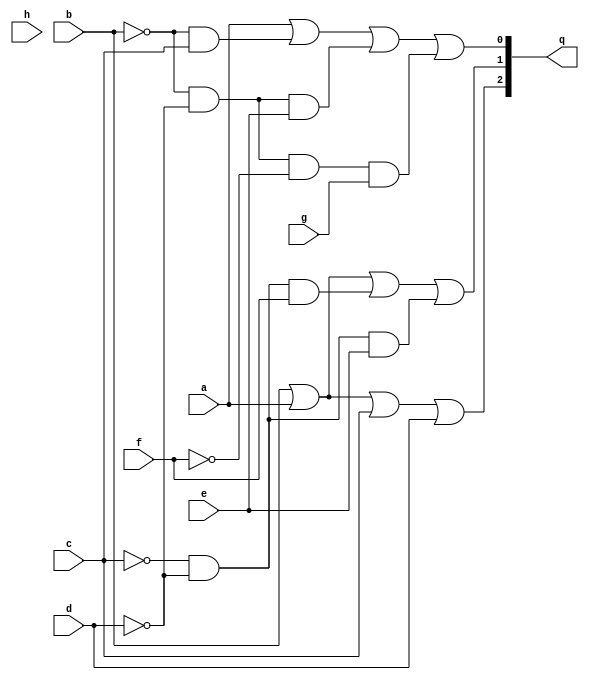
`timescale 1ns / 1ps
//////////////////////////////////////////////////////////////////////////////////
// Company: 
// Engineer: 
// 
// Design Name: 
// Module Name:    Part7 
// Project Name: 
// Target Devices: 
// Tool versions: 
// Description: 
//
// Dependencies: 
//
// Revision: 
// Revision 0.01 - File Created
// Additional Comments: 
//
//////////////////////////////////////////////////////////////////////////////////
module Part7(
    input a,
    input b,
    input c,
    input d,
    input e,
    input f,
    input g,
    input h,
	 output [2:0]q
    );
	assign q[0] = a|((~b)&c)|((~b)&(~d)&e)|((~b)&(~d)&(~f)&g);
	assign q[1] = b|a|((~c)&(~d)&f)|((~c)&(~d)&e);
	assign q[2] = a|b|c|d;

endmodule